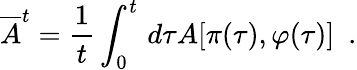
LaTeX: \overline{{{A}}}^{t}=\frac{1}{t}\int_{0}^{t}\, d\tau A[\pi(\tau),\varphi(\tau)]~~.